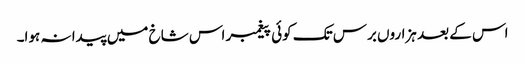
اس کے بعد ہزاروں برس تک کوئی پیغمبر اس شاخ میں پیدا نہ ہوا۔